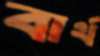
বার্থ